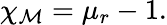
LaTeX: \chi_{\mathcal{M}}=\mu_{r}-1.